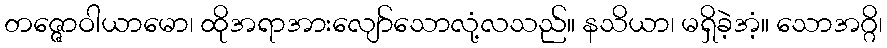
တဇ္ဇောဝါယာမော၊ ထိုအရာအားလျော်သောလုံ့လသည်။ နသိယာ၊ မရှိခဲ့အံ့။ သောအဂ္ဂိ၊